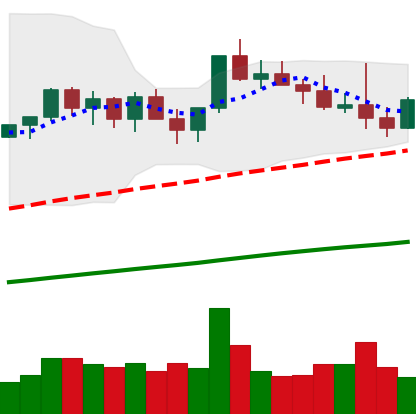
Ticker: NEO-USD
Chart end date: 2021-03-26
Forward return: 21.745%
Label: up_7plus